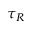
\tau _ { R }